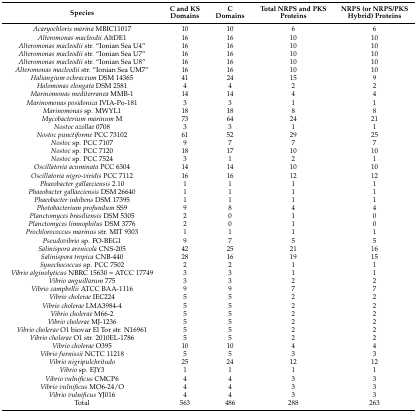
<table><thead><tr><td><b>Species</b></td><td><b>C and KS Domains</b></td><td><b>C Domains</b></td><td><b>Total NRPS and PKS Proteins</b></td><td><b>NRPS (or NRPS/PKS Hybrid) Proteins</b></td></tr></thead><tbody><tr><td><i>Acaryochloris marina</i> MBIC11017</td><td>10</td><td>10</td><td>6</td><td>6</td></tr><tr><td><i>Alteromonas macleodii</i> AltDE1</td><td>16</td><td>16</td><td>10</td><td>10</td></tr><tr><td><i>Alteromonas macleodii</i> str. “Ionian Sea U4”</td><td>16</td><td>16</td><td>10</td><td>10</td></tr><tr><td><i>Alteromonas macleodii</i> str. “Ionian Sea U7”</td><td>16</td><td>16</td><td>10</td><td>10</td></tr><tr><td><i>Alteromonas macleodii</i> str. “Ionian Sea U8”</td><td>16</td><td>16</td><td>10</td><td>10</td></tr><tr><td><i>Alteromonas macleodii</i> str. “Ionian Sea UM7”</td><td>16</td><td>16</td><td>10</td><td>10</td></tr><tr><td><i>Haliangium ochraceum</i> DSM 14365</td><td>41</td><td>24</td><td>15</td><td>9</td></tr><tr><td><i>Halomonas elongata</i> DSM 2581</td><td>4</td><td>4</td><td>2</td><td>2</td></tr><tr><td><i>Marinomonas mediterranea</i> MMB-1</td><td>14</td><td>14</td><td>4</td><td>4</td></tr><tr><td><i>Marinomonas posidonica</i> IVIA-Po-181</td><td>3</td><td>3</td><td>1</td><td>1</td></tr><tr><td><i>Marinomonas</i> sp. MWYL1</td><td>18</td><td>18</td><td>8</td><td>8</td></tr><tr><td><i>Mycobacterium marinum</i> M</td><td>73</td><td>64</td><td>24</td><td>21</td></tr><tr><td><i>Nostoc azollae</i> 0708</td><td>3</td><td>3</td><td>1</td><td>1</td></tr><tr><td><i>Nostoc punctiforme</i> PCC 73102</td><td>61</td><td>52</td><td>29</td><td>25</td></tr><tr><td><i>Nostoc</i> sp. PCC 7107</td><td>9</td><td>7</td><td>7</td><td>7</td></tr><tr><td><i>Nostoc</i> sp. PCC 7120</td><td>18</td><td>17</td><td>10</td><td>10</td></tr><tr><td><i>Nostoc</i> sp. PCC 7524</td><td>3</td><td>1</td><td>2</td><td>1</td></tr><tr><td><i>Oscillatoria acuminata</i> PCC 6304</td><td>14</td><td>14</td><td>10</td><td>10</td></tr><tr><td><i>Oscillatoria nigro-viridis</i> PCC 7112</td><td>16</td><td>16</td><td>12</td><td>12</td></tr><tr><td><i>Phaeobacter gallaeciensis</i> 2.10</td><td>1</td><td>1</td><td>1</td><td>1</td></tr><tr><td><i>Phaeobacter gallaeciensis</i> DSM 26640</td><td>1</td><td>1</td><td>1</td><td>1</td></tr><tr><td><i>Phaeobacter inhibens</i> DSM 17395</td><td>1</td><td>1</td><td>1</td><td>1</td></tr><tr><td><i>Photobacterium profundum</i> SS9</td><td>9</td><td>8</td><td>4</td><td>4</td></tr><tr><td><i>Planctomyces brasiliensis</i> DSM 5305</td><td>2</td><td>0</td><td>1</td><td>0</td></tr><tr><td><i>Planctomyces limnophilus</i> DSM 3776</td><td>2</td><td>0</td><td>1</td><td>0</td></tr><tr><td><i>Prochlorococcus marinus</i> str. MIT 9303</td><td>1</td><td>1</td><td>1</td><td>1</td></tr><tr><td><i>Pseudovibrio</i> sp. FO-BEG1</td><td>9</td><td>7</td><td>5</td><td>5</td></tr><tr><td><i>Salinispora arenicola</i> CNS-205</td><td>42</td><td>25</td><td>21</td><td>16</td></tr><tr><td><i>Salinispora tropica</i> CNB-440</td><td>28</td><td>16</td><td>19</td><td>15</td></tr><tr><td><i>Synechococcus</i> sp. PCC 7502</td><td>2</td><td>2</td><td>1</td><td>1</td></tr><tr><td><i>Vibrio alginolyticus</i> NBRC 15630 = ATCC 17749</td><td>3</td><td>3</td><td>1</td><td>1</td></tr><tr><td><i>Vibrio anguillarum</i> 775</td><td>3</td><td>3</td><td>2</td><td>2</td></tr><tr><td><i>Vibrio campbellii</i> ATCC BAA-1116</td><td>9</td><td>9</td><td>7</td><td>7</td></tr><tr><td><i>Vibrio cholerae</i> IEC224</td><td>5</td><td>5</td><td>2</td><td>2</td></tr><tr><td><i>Vibrio cholerae</i> LMA3984-4</td><td>5</td><td>5</td><td>2</td><td>2</td></tr><tr><td><i>Vibrio cholerae</i> M66-2</td><td>5</td><td>5</td><td>2</td><td>2</td></tr><tr><td><i>Vibrio cholerae</i> MJ-1236</td><td>5</td><td>5</td><td>2</td><td>2</td></tr><tr><td><i>Vibrio cholerae</i> O1 biovar El Tor str. N16961</td><td>5</td><td>5</td><td>2</td><td>2</td></tr><tr><td><i>Vibrio cholerae</i> O1 str. 2010EL-1786</td><td>5</td><td>5</td><td>2</td><td>2</td></tr><tr><td><i>Vibrio cholerae</i> O395</td><td>10</td><td>10</td><td>4</td><td>4</td></tr><tr><td><i>Vibrio furnissii</i> NCTC 11218</td><td>5</td><td>5</td><td>3</td><td>3</td></tr><tr><td><i>Vibrio nigripulchritudo</i></td><td>25</td><td>24</td><td>12</td><td>12</td></tr><tr><td><i>Vibrio</i> sp. EJY3</td><td>1</td><td>1</td><td>1</td><td>1</td></tr><tr><td><i>Vibrio vulnificus</i> CMCP6</td><td>4</td><td>4</td><td>3</td><td>3</td></tr><tr><td><i>Vibrio vulnificus</i> MO6-24/O</td><td>4</td><td>4</td><td>3</td><td>3</td></tr><tr><td><i>Vibrio vulnificus</i> YJ016</td><td>4</td><td>4</td><td>3</td><td>3</td></tr><tr><td>Total</td><td>563</td><td>486</td><td>288</td><td>263</td></tr></tbody></table>